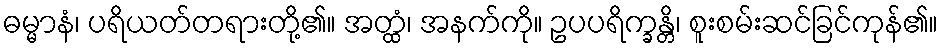
ဓမ္မာနံ၊ ပရိယတ်တရားတို့၏။ အတ္ထံ၊ အနက်ကို။ ဥပပရိက္ခန္တိ၊ စူးစမ်းဆင်ခြင်ကုန်၏။